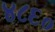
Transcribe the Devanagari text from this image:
४८६०